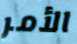
الأمر